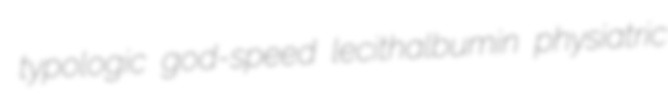
typologic god-speed lecithalbumin physiatric